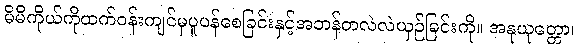
မိမိကိုယ်ကိုထက်ဝန်းကျင်မှပူပန်စေခြင်းနှင့်အဘန်တလဲလဲယှဉ်ခြင်းကို။ အနုယုတ္တော၊